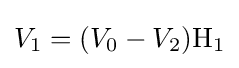
V_{1}=(V_{0}-V_{2})\mathrm {H_{1}}